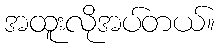
အထူးလိုအပ်တယ်။